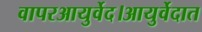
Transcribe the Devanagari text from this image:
वापरआयुर्वेद।आयुर्वेदात